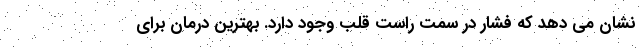
نشان می دهد که فشار در سمت راست قلب وجود دارد. بهترین درمان برای